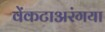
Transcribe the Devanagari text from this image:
वेंकटाअरंगया